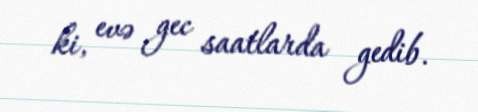
ki, evə gec saatlarda gedib.